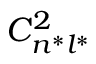
C _ { n ^ { * } l ^ { * } } ^ { 2 }